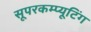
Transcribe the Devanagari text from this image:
सूपरकम्प्यूटिंग